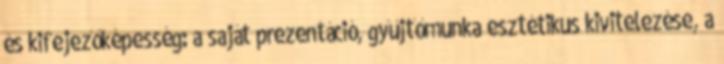
és kifejezőképesség: a saját prezentáció, gyűjtőmunka esztétikus kivitelezése, a